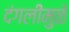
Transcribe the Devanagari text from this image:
दंगलींमुळे